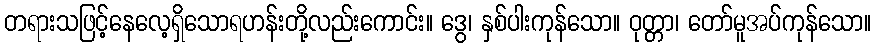
တရားသဖြင့်နေလေ့ရှိသောရဟန်းတို့လည်းကောင်း။ ဒွေ၊ နှစ်ပါးကုန်သော။ ဝုတ္တာ၊ တော်မူအပ်ကုန်သော။